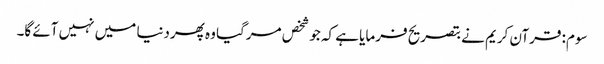
سوم: قرآن کریم نے بتصریح فرمایا ہے کہ جو شخص مرگیا وہ پھردنیا میں نہیں آئے گا۔